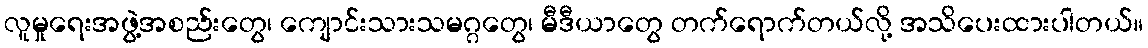
လူမှုရေးအဖွဲ့အစည်းတွေ၊ ကျောင်းသားသမဂ္ဂတွေ၊ မီဒီယာတွေ တက်ရောက်တယ်လို့ အသိပေးထားပါတယ်။